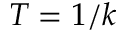
T = 1 / k